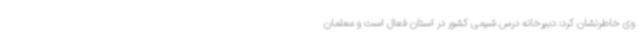
وی خاطرنشان کرد: دبیرخانه درس شیمی کشور در استان فعال است و معلمان